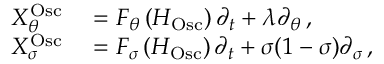
\begin{array} { r l } { X _ { \theta } ^ { \mathrm { O s c } } } & { { } = F _ { \theta } \left( H _ { \mathrm { O s c } } \right) \partial _ { t } + \lambda \partial _ { \theta } \, , } \\ { X _ { \sigma } ^ { \mathrm { O s c } } } & { { } = F _ { \sigma } \left( H _ { \mathrm { O s c } } \right) \partial _ { t } + \sigma ( 1 - \sigma ) \partial _ { \sigma } \, , } \end{array}